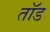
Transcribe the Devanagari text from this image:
तॉड